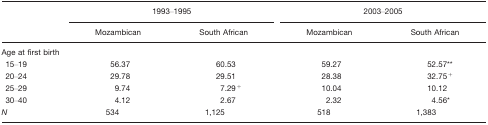
|  | <COLSPAN=2> 1993–1995 | <COLSPAN=2> 2003–2005 |
 |  | Mozambican | South African | Mozambican | South African |
 | --- | --- | --- | --- | --- |
 | <COLSPAN=5> Age at first birth |
 | 15–19 | 56.37 | 60.53 | 59.27 | 52.57** |
 | 20–24 | 29.78 | 29.51 | 28.38 | 32.75+ |
 | 25–29 | 9.74 | 7.29+ | 10.04 | 10.12 |
 | 30–40 | 4.12 | 2.67 | 2.32 | 4.56* |
 | N | 534 | 1,125 | 518 | 1,383 |